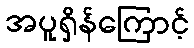
အပူရှိန်ကြောင့်